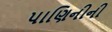
પાણિનીની